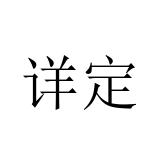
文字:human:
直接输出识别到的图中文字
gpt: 详定